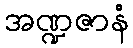
အဏ္ဍဇာနံ